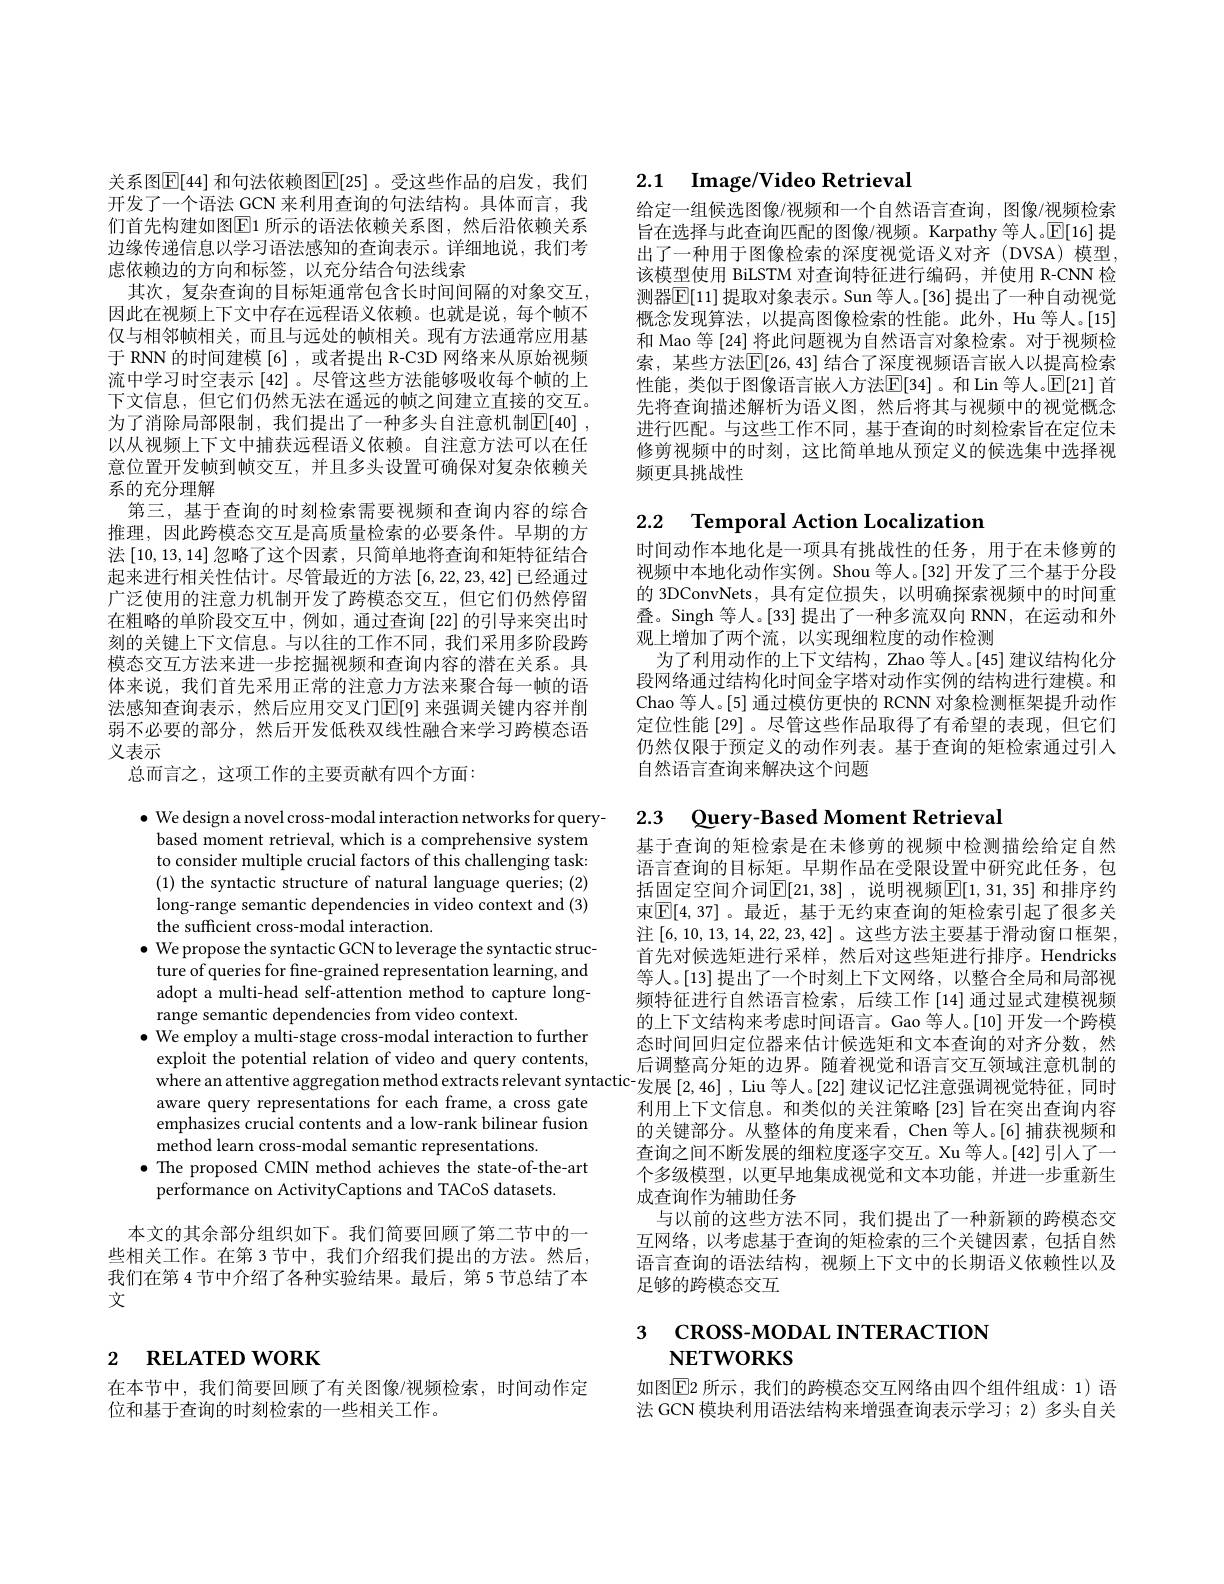
关系图$\overline{\mathbb{E}}[44]$ 和句法依赖图$\mathbb{E}[25]$ 。受这些作品的启发，我们开发了一个语法\_GCN 来利用查询的句法结构。具体而言，我们首先构建如图$\boxed{\mathrm{E}}1$ 所示的语法依赖关系图，然后沿依赖关系边缘传递信息以学习语法感知的查询表示。详细地说，我们考虑依赖边的方向和标签，以充分结合句法线索
其次，复杂查询的目标矩通常包含长时间间隔的对象交互， 因此在视频上下文中存在远程语义依赖。也就是说，每个帧不仅与相邻帧相关，而且与远处的帧相关。现有方法通常应用基于 RNN 的时间建模 [6] ,或者提出 R-C3D 网络来从原始视频流中学习时空表示[42]。尽管这些方法能够吸收每个帧的上下文信息，但它们仍然无法在遥远的帧之间建立直接的交互。为了消除局部限制，我们提出了一种多头自注意机制$\boxed{\mathbb{E} }[ 40]$ , 以从视频上下文中捕获远程语义依赖。自注意方法可以在任意位置开发帧到帧交互，并且多头设置可确保对复杂依赖关系的充分理解
第三，基于查询的时刻检索需要视频和查询内容的综合推理，因此跨模态交互是高质量检索的必要条件。早期的方法[10,13,14]忽略了这个因素，只简单地将查询和矩特征结合起来进行相关性估计。尽管最近的方法[6,22,23,42]已经通过广泛使用的注意力机制开发了跨模态交互，但它们仍然停留在粗略的单阶段交互中，例如，通过查询 [22]的引导来突出时刻的关键上下文信息。与以往的工作不同，我们采用多阶段跨模态交互方法来进一步挖掘视频和查询内容的潜在关系。具体来说，我们首先采用正常的注意力方法来聚合每一帧的语法感知查询表示，然后应用交叉门$\mathbb{E}[9]$ 来强调关键内容并削弱不必要的部分，然后开发低秩双线性融合来学习跨模态语义表示
总而言之，这项工作的主要贡献有四个方面：

$\bullet$ We design a novel cross-modal interaction networks for query-
based moment retrieval, which is a comprehensive system to consider multiple crucial factors of this challenging task: (1) the syntactic structure of natural language queries; (2) long-range semantic dependencies in video context and (3) the sufficient cross-modal interaction.
$\bullet$ We propose the syntactic GCN to leverage the syntactic struc-
ture of queries for fine-grained representation learning, and adopt a multi-head self-attention method to capture longrange semantic dependencies from video context.
$\bullet$ We employ a multi-stage cross-modal interaction to further exploit the potential relation of video and query contents, hhere an attentive aggregation method extracts relevant syntactic- 发 展 [ 2, 46] , Liu 等 人 。[ 22] 建 议 记 忆 注 意 强 调 视 觉 特 征 , 同 时 aware query representations for each frame, a cross gate利 用 上 下 文 信 息 。和 类 似 的 关 注 策 略 [ 23] 旨 在 突 出 查 询 内 容
emphasizes crucial contents and a low-rank bilinear fusion
method learn cross-modal semantic representations.
$\bullet$ The proposed CMIN method achieves the state-of-the-art
performance on ActivityCaptions and TACoS datasets.

本文的其余部分组织如下。我们简要回顾了第二节中的一些相关工作。在第 3 节中，我们介绍我们提出的方法。然后， 我们在第 4 节中介绍了各种实验结果。最后，第 5 节总结了本文

# 2 RELATED WORK

在本节中，我们简要回顾了有关图像/视频检索，时间动作定
位和基于查询的时刻检索的一些相关工作。

# 2.1 $\textbf{Image/ Video Retrieval}$

给定一组候选图像/视频和一个自然语言查询，图像/视频检索旨在选择与此查询匹配的图像/视频。Karpathy 等人。$\mathbb{E}[16]$提出了一种用于图像检索的深度视觉语义对齐(DVSA)模型， 该模型使用 BiLSTM 对查询特征进行编码，并使用 R-CNN 检测器$\mathbb{E}[11]$ 提取对象表示。Sun 等人。[36] 提出了一种自动视觉概念发现算法，以提高图像检索的性能。此外，Hu 等人。[15] 和 Mao 等 [24] 将此问题视为自然语言对象检索。对于视频检索，某些方法$\mathbb{E}[26,43]$ 结合了深度视频语言嵌人以提高检索性能，类似于图像语言嵌入方法$\mathbb{E}[34]$。和 Lin 等人。$\mathbb{E}[21]$ 首先将查询描述解析为语义图，然后将其与视频中的视觉概念进行匹配。与这些工作不同，基于查询的时刻检索旨在定位未修剪视频中的时刻，这比简单地从预定义的候选集中选择视频更具挑战性

# 2.2 $\textbf{Temporal Action Localization}$

时间动作本地化是一项具有挑战性的任务，用于在未修剪的视频中本地化动作实例。Shou 等人。[32] 开发了三个基于分段的 3DConvNets, 具有定位损失，以明确探索视频中的时间重叠。Singh 等人。[33] 提出了一种多流双向 RNN, 在运动和外观上增加了两个流，以实现细粒度的动作检测
为了利用动作的上下文结构，Zhao 等人。[45] 建议结构化分段网络通过结构化时间金字塔对动作实例的结构进行建模。和Chao 等人。[5] 通过模仿更快的 RCNN 对象检测框架提升动作定位性能 [29]。尽管这些作品取得了有希望的表现，但它们仍然仅限于预定义的动作列表。基于查询的矩检索通过引人自然语言查询来解决这个问题

# 2.3 Query-Based Moment Retrieval

基于查询的矩检索是在未修剪的视频中检测描绘给定自然语言查询的目标矩。早期作品在受限设置中研究此任务，包括固定空间介词$\boxed{\mathbb{E}}[21,38]$ ,说明视频$\boxed{\mathbb{E}}[1,31,35]$ 和排序约束$\mathbb{E}[4,37]$。最近，基于无约束查询的矩检索引起了很多关注[6,10,13,14,22,23,42] 。这些方法主要基于滑动窗口框架， 首先对候选矩进行采样，然后对这些矩进行排序。Hendricks 等人。[13]提出了一个时刻上下文网络，以整合全局和局部视频特征进行自然语言检索，后续工作[14]通过显式建模视频的上下文结构来考虑时间语言。Gao 等人。[10] 开发一个跨模态时间回归定位器来估计候选矩和文本查询的对齐分数，然后调整高分矩的边界。随着视觉和语言交互领域注意机制的的关键部分。从整体的角度来看，Chen 等人。[6]捕获视频和查询之间不断发展的细粒度逐字交互。Xu 等人。[42]引人了一个多级模型，以更早地集成视觉和文本功能，并进一步重新生成查询作为辅助任务
与以前的这些方法不同，我们提出了一种新颖的跨模态交互网络，以考虑基于查询的矩检索的三个关键因素，包括自然语言查询的语法结构，视频上下文中的长期语义依赖性以及足够的跨模态交互

3 скозз-модаL INTERACTION

## $\mathbf{NETWORKS}$

如图$\boxed{\mathrm{E}}$2 所示，我们的跨模态交互网络由四个组件组成：1)语法 GCN 模块利用语法结构来增强查询表示学习；2) 多头自关